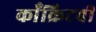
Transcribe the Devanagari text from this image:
काँक्रिटची